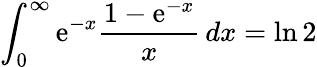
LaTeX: \int_{0}^{\infty}\mathrm{e}^{-x}{\frac{{1-\mathrm{e}^{-x}}}{{x}}}\, dx=\ln2